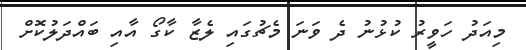
މިއަދު ހަވީރު ކުޅުނު ދެ ވަނަ މެޗުގައި ލެޒާ ކާގޯ އާއި ބައްދަލުކޮށް